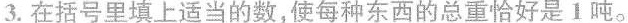
3.在括号里填上适当的数，使每种东西的总重恰好是Ⅰ吨。